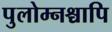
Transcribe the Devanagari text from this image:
पुलोम्नश्चापि